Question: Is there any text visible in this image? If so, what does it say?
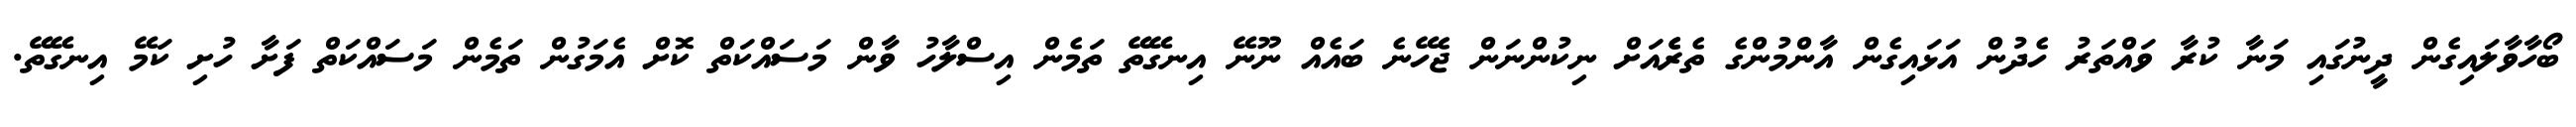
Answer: ބޯހާވާލައިގެން ދީނުގައި މަނާ ކުރާ ވައްތަރު ހެދުން އަޅައިގެން އާންމުންގެ ތެރެެއަށް ނިކުންނަން ޖެހޭނެ ބައެއް ނޫނޭ އިނގޭތޭ ތަމެން އިސްލާހު ވާން މަސައްކަތް ކޮށް އެމަގުން ތަމެން މަސައްކަތް ފަށާ ހުށި ކަމޭ އިނގޭތޭ.